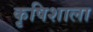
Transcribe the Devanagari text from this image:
कृषिशाला